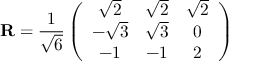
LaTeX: { \mathbf R } = \frac { 1 } { \sqrt 6 } \left( \begin{array} { c c c } { { \sqrt 2 } } & { { \sqrt 2 } } & { { \sqrt 2 } } \\ { { - \sqrt 3 } } & { { \sqrt 3 } } & { { 0 } } \\ { { - 1 } } & { { - 1 } } & { { 2 } } \end{array} \right)